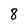
Character: 8